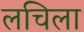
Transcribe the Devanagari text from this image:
लचिला